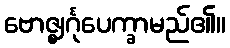
ဗောဇ္ဈင်္ဂုပေက္ခာမည်၏။